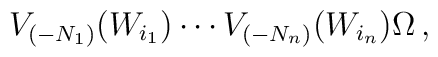
V_{(-N_1)} (W_{i_1}) \cdots V_{(-N_n)}(W_{i_n}) \Omega\,,